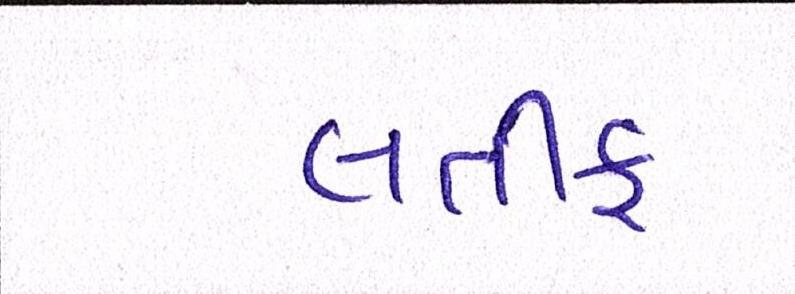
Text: લતીફ